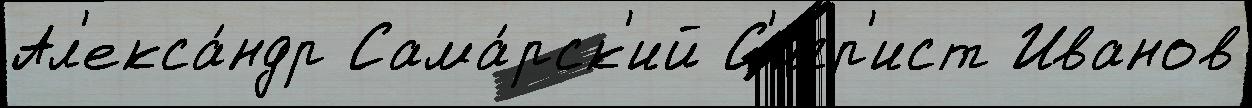
Ал'екса́ндр Сама́рск'ий С'игр'ист Иванов